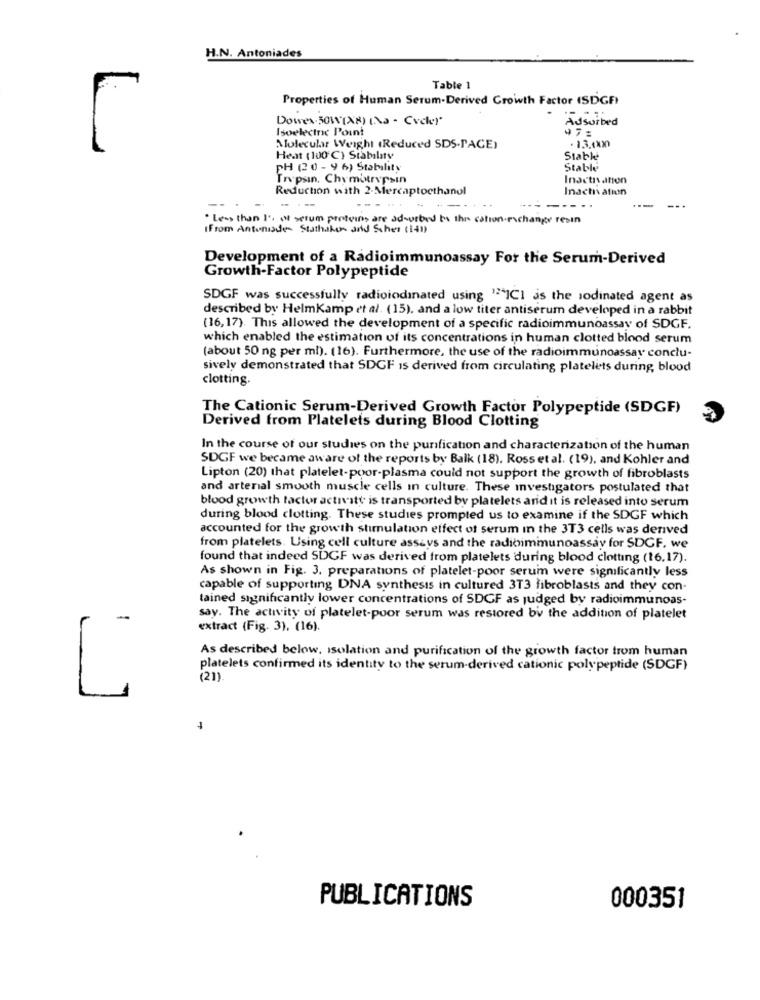
H.N. Antoniades
Table 1
Properties of Human Serum-Derived Growth Factor (SDGF)
Down.SOW(X8) ( - Cycle)
Adsorbed
Isoelecinc Point
Molecular Weight (Reduced SDS-PACE)
. 13.000
Heat (100 ℃) Stability
Stable
PH (20 - 9 6) Stability
Stable
Trypsin, Chymotrypsin
Inactivation
Reduction with 2-Mercaptoethanol
Inach ation
---
----
. Less than I', of serum proteins are ad-urbed bs thr cation-exchange resin
From Antoniade- Stathakes and Scher (14)
Development of a Radioimmunoassay For the Serum-Derived
Growth-Factor Polypeptide
SDGF was successfully radioiodinated using ""ICI is the sodinated agent as
described by HelmKamp et al. (15), and a low titer antiserum developed in a rabbit
(16,17). This allowed the development of a specific radioimmunoassay of SDGF.
which enabled the estimation of its concentrations in human clotted blood serum
(about 50 ng per ml). (16). Furthermore, the use of the radioimmunoassay conclu-
sively demonstrated that SDGF is derived from circulating platelets during, blood
clotting.
The Cationic Serum-Derived Growth Factor Polypeptide (SDGF)
Derived from Platelets during Blood Clotting
In the course of our studies on the purification and characterization of the human
SDGF we became aware of the reports by Balk (18). Rosset al. (19), and Kohler and
Lipton (20) that platelet-poor-plasma could not support the growth of fibroblasts
and arterial smooth muscle cells in culture. These investigators postulated that
blood growth factor activity is transported by platelets arid it is released into serum
during blood clotting. These studies prompted us to examine if the SDGF which
accounted for the growth stimulation effect of serum In the 3T3 cells was denved
from platelets. Using cell culture assays and the radioimmunoassay for SDGF. we
found that indeed SDGF was derived from platelets during blood clotting (16.17).
As shown in Fig. 3. preparations of platelet-poor serum were significantly less
capable of supporting DNA synthesis in cultured 3T3 fibroblasts and they con-
tained significantly lower concentrations of SDGF as judged by radioimmunoas-
-
say. The activity of platelet-poor serum was restored by the addition of platelet
extract (Fig. 3), (16).
As described below, isolation and purification of the growth factor trom human
platelets confirmed its identity to the serum-derived cationic polypeptide (SDGF)
(21).
PUBLICATIONS
000351